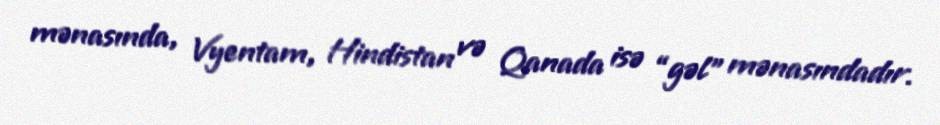
mənasında, Vyentam, Hindistan və Qanada isə “gəl” mənasındadır.